Annual report of the Civil Veterinary Department, Bengal, for the year 1897-98 - 1897-1898
Year: 1897
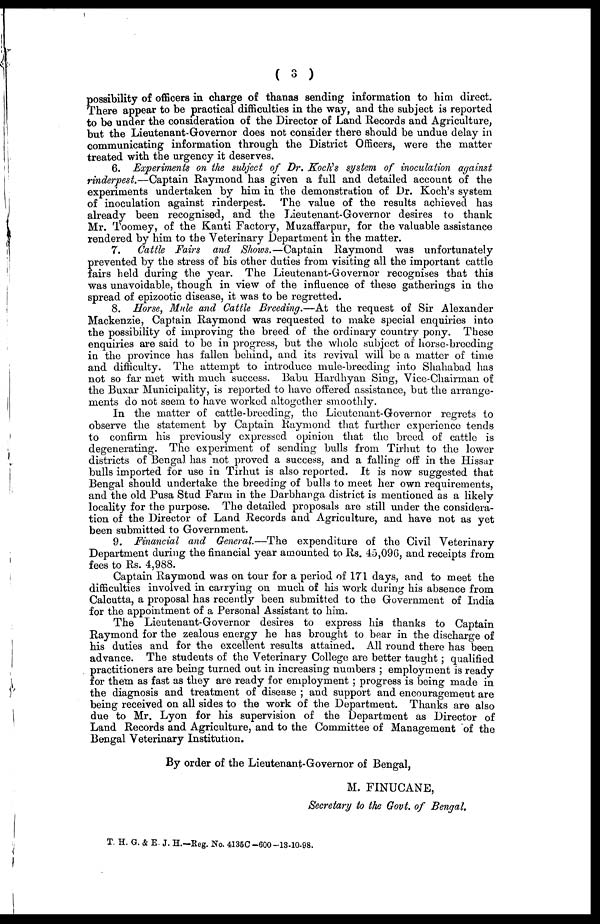
( 3 )
possibility of officers in charge of thanas sending information to him direct.
There appear to be practical difficulties in the way, and the subject is reported
to be under the consideration of the Director of Land Records and Agriculture,
but the Lieutenant-Governor does not consider there should be undue delay in
communicating information through the District Officers, were the matter
treated with the urgency it deserves.
6. Experiments on the subject of Dr. Koch's system of inoculation against
rinderpest.—Captain Raymond has given a full and detailed account of the
experiments undertaken by him in the demonstration of Dr. Koch's system
of inoculation against rinderpest. The value of the results achieved has
already been recognised, and the Lieutenant-Governor desires to thank
Mr. Toomey, of the Kanti Factory, Muzaffarpur, for the valuable assistance
rendered by him to the Veterinary Department in the matter.
7.
Cattle Fairs and Shows.—Captain Raymond was unfortunately
prevented by the stress of his other duties from visiting all the important cattle
fairs held during the year. The Lieutenant-Governor recognises that this
was unavoidable, though in view of the influence of these gatherings in the
spread of epizootic disease, it was to be regretted.
8. Horse, Mule and Cattle Breeding.—At the request of Sir Alexander
Mackenzie, Captain Raymond was requested to make special enquiries into
the possibility of improving the breed of the ordinary country pony. These
enquiries are said to be in progress, but the whole subject of horse-breeding
in the province has fallen behind, and its revival will be a matter of time
and difficulty. The attempt to introduce mule-breeding into Shahabad has
not so far met with much success. Babu Hardhyan Sing, Vice-Chairman of
the Buxar Municipality, is reported to have offered assistance, but the arrange-
ments do not seem to have worked altogether smoothly.
In the matter of cattle-breeding, the Lieutenant-Governor regrets to
observe the statement by Captain Raymond that further experience tends
to confirm his previously expressed opinion that the breed of cattle is
degenerating. The experiment of sending bulls from Tirhut to the lower
districts of Bengal has not proved a success, and a falling off in the Hissar
bulls imported for use in Tirhut is also reported. It is now suggested that
Bengal should undertake the breeding of bulls to meet her own requirements,
and the old Pusa Stud Farm in the Darbhanga district is mentioned as a likely
locality for the purpose. The detailed proposals are still under the considera-
tion of the Director of Land Records and Agriculture, and have not as yet
been submitted to Government.
9. Financial and General.—The expenditure of the Civil Veterinary
Department during the financial year amounted to Rs. 45,096, and receipts from
fees to Rs. 4,988.
Captain Raymond was on tour for a period of 171 days, and to meet the
difficulties involved in carrying on much of his work during his absence from
Calcutta, a proposal has recently been submitted to the Government of India
for the appointment of a Personal Assistant to him.
The Lieutenant-Governor desires to express his thanks to Captain
Raymond for the zealous energy he has brought to bear in the discharge of
his duties and for the excellent results attained. All round there has been
advance. The students of the Veterinary College are better taught ; qualified
practitioners are being turned out in increasing numbers ; employment is ready
for them as fast as they are ready for employment ; progress is being made in
the diagnosis and treatment of disease ; and support and encouragement are
being received on all sides to the work of the Department. Thanks are also
due to Mr. Lyon for his supervision of the Department as Director of
Land Records and Agriculture, and to the Committee of Management of the
Bengal Veterinary Institution.
By order of the Lieutenant-Governor of Bengal,
M. FINUCANE,
Secretary to the Govt. of Bengal
T. H. G. & E. J. H.—Reg. No. 4135C-600-18-10-98.